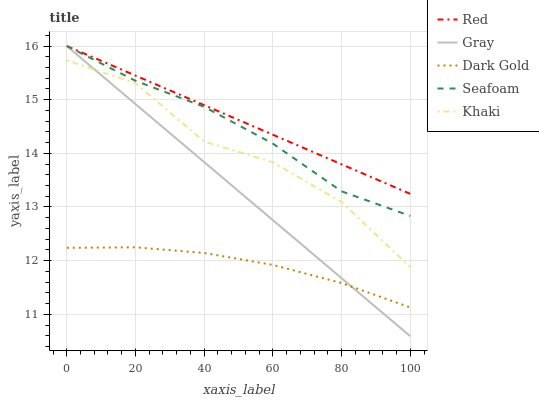
| xaxis_label | Red | Gray | Dark Gold | Seafoam | Khaki |
 | --- | --- | --- | --- | --- | --- |
 | 0 | 16 | 16 | 12.2 | 16 | 15.7 |
 | 20 | 15.4 | 14.9 | 12.2 | 15.4 | 15.3 |
 | 40 | 14.9 | 13.8 | 12.1 | 14.9 | 14.2 |
 | 60 | 14.3 | 12.8 | 11.9 | 14.2 | 13.8 |
 | 80 | 13.8 | 11.7 | 11.6 | 13.3 | 13.1 |
 | 100 | 13.2 | 10.6 | 11.1 | 12.8 | 11.9 |